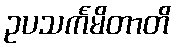
ဥပသင်္ကမိတာတိ